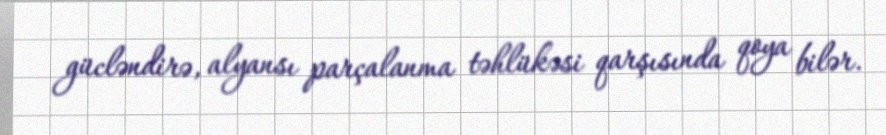
gücləndirə, alyansı parçalanma təhlükəsi qarşısında qoya bilər.